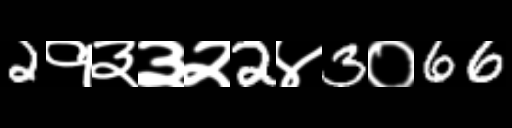
Text: 2१३३२2४3०66